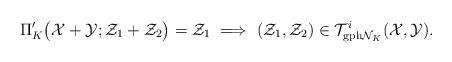
LaTeX: \begin{align*} \Pi'_{K}\big(\mathcal{X}+\mathcal{Y};\mathcal{Z}_1+\mathcal{Z}_2\big)=\mathcal{Z}_1 \ \Longrightarrow\ (\mathcal{Z}_1,\mathcal{Z}_2)\in\mathcal{T}_{{\rm gph}\mathcal{N}_{K}}^{i}(\mathcal{X},\mathcal{Y}). \end{align*}